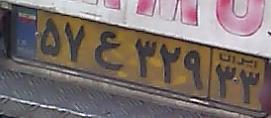
۵۷ع۳۲۹۲۲